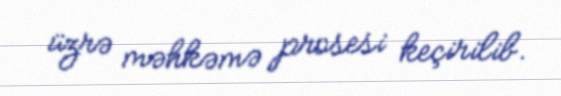
üzrə məhkəmə prosesi keçirilib.